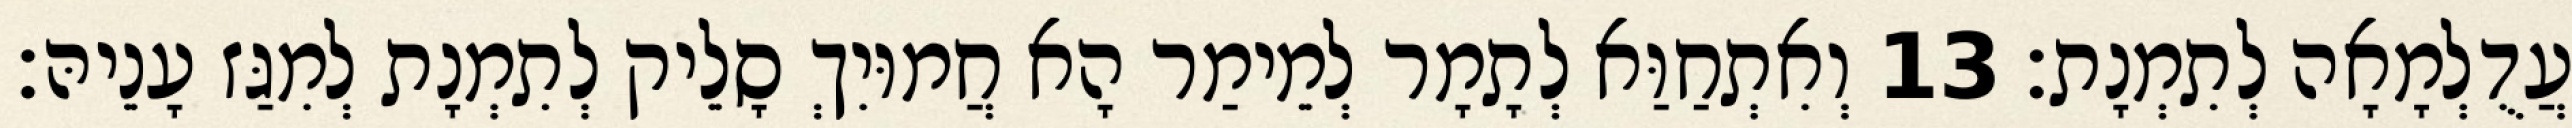
עֲדֻלְמָאָה לְתִמְנָת׃ 13 וְאִתְחַוַּא לְתָמָר לְמֵימַר הָא חֲמוּיִךְ סָלֵיק לְתִמְנָת לְמִגַּז עָנֵיהּ׃